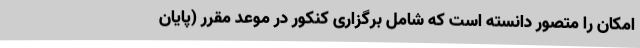
امکان را متصور دانسته است که شامل برگزاری کنکور در موعد مقرر (پایان